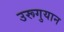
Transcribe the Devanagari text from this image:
उरूगुयान